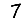
Digit: 7